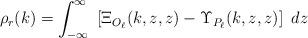
LaTeX: \begin{align*}\rho_r(k) = \int_{-\infty}^{\infty} \ \left[\Xi_{O_{\ell}}(k,z,z) - \Upsilon_{P_{\ell}}(k,z,z)\right] \ dz\end{align*}